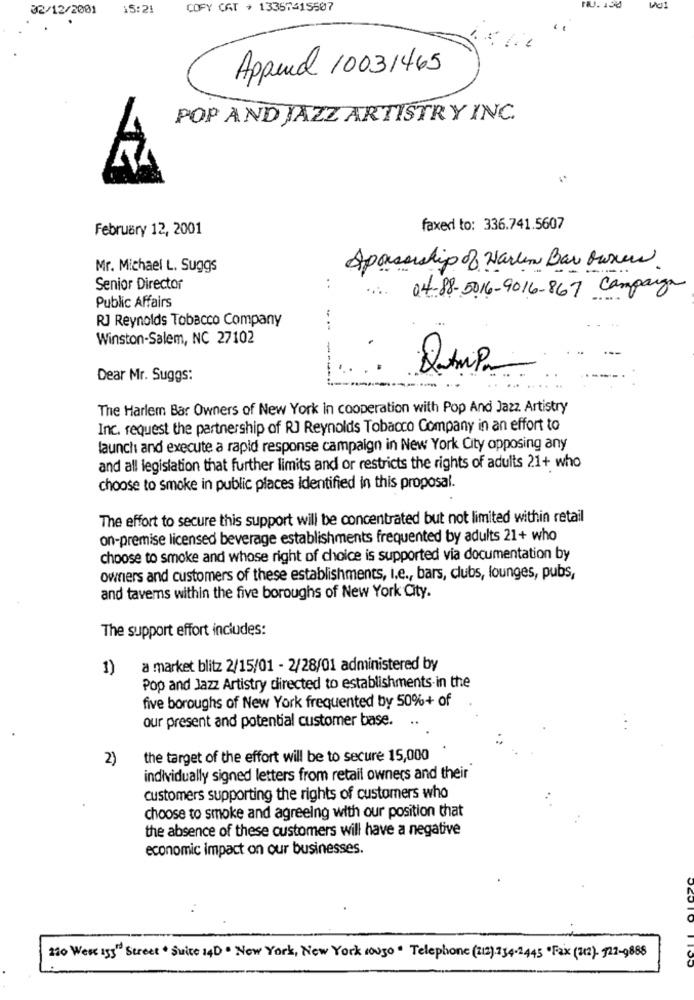
32/12/2001
15:21
COPY CAT , 13357415507
Append 10031465
POP AND JAZZ ARTISTRY INC.
February 12, 2001
faxed to: 336.741.5607
Mr. Michael L. Suggs
Sponsorship of Warlem Bar owners
Senior Director
....
04-88-5016-9016-867 Campana
Public Affairs
RJ Reynolds Tobacco Company
Winston-Salem, NC 27102
Dear Mr. Suggs:
The Harlem Bar Owners of New York in cooperation with Pop And Jazz Artistry
Inc. request the partnership of RJ Reynolds Tobacco Company in an effort to
launch and execute a rapid response campaign in New York City opposing any
and all legislation that further limits and or restricts the rights of adults 21+ who
choose to smoke in public places Identified in this proposal.
The effort to secure this support will be concentrated but not limited within retail
on-premise licensed beverage establishments frequented by adults 21+ who
choose to smoke and whose right of choice is supported via documentation by
owners and customers of these establishments, I.e ., bars, clubs, lounges, pubs,
and tavems within the five boroughs of New York City.
The support effort includes:
1)
a market blitz 2/15/01 - 2/28/01 administered by
Pop and Jazz Artistry directed to establishments-in the
five boroughs of New York frequented by 50%+ of
our present and potential customer base.
.
2)
the target of the effort will be to secure 15,000
individually signed letters from retail owners and their
customers supporting the rights of customers who
choose to smoke and agreeing with our position that
the absence of these customers will have a negative
economic impact on our businesses.
210 West 15TH Street . Suite 14D . New York, New York cou50 * Telephone (212) 134-1445 ·Fax (12)- 12-988